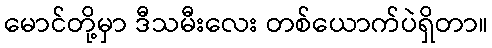
မောင်တို့မှာ ဒီသမီးလေး တစ်ယောက်ပဲရှိတာ။